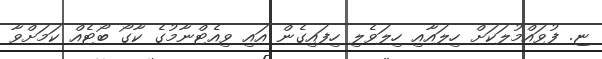
ޏ. ފުވައްމުލަކަށް ހިލައާއި ހިލަވެލި ހިފައިގެން އައި ވިއެޓްނާމުގެ ކާގޯ ބޯޓެއް ކަމަށްވާ